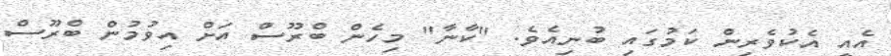
އެއީ އެކުވެރިން ކަމުގައި ބުނިއެވެ. "ކާނާ" މިހެން ބްރޫސް އަށް އިވުމުން ބްރޫސް